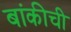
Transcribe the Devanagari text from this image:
बांकीची